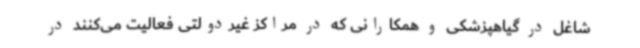
شاغل در گیاهپزشکی و همکارانی که در مراکز غیردولتی فعالیت می‌کنند در